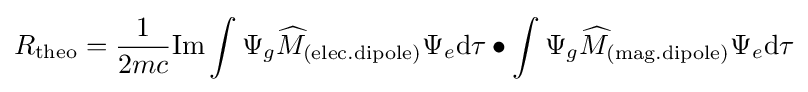
R_{\mathrm {theo} }={\frac {1}{2mc}}\mathrm {Im} \int \Psi _{g}{\widehat {M}}_{\mathrm {(elec.dipole)} }\Psi _{e}\mathrm {d} \tau \bullet \int \Psi _{g}{\widehat {M}}_{\mathrm {(mag.dipole)} }\Psi _{e}\mathrm {d} \tau